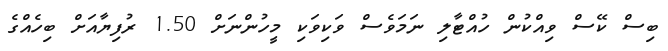
ބިސް ކޭސް ވިއްކުން ހުއްޓާލި ނަމަވެސް ވަކިވަކި މީހުންނަށް 1.50 ރުފިޔާއަށް ބިހެއްގެ